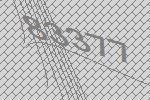
83377